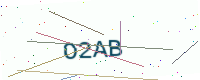
Text: O2AB